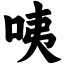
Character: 咦